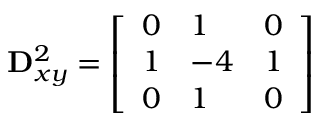
\mathbf { D } _ { x y } ^ { 2 } = { \left[ \begin{array} { l l l } { 0 } & { 1 } & { 0 } \\ { 1 } & { - 4 } & { 1 } \\ { 0 } & { 1 } & { 0 } \end{array} \right] }